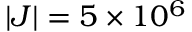
\vert J \vert = 5 \times 1 0 ^ { 6 }